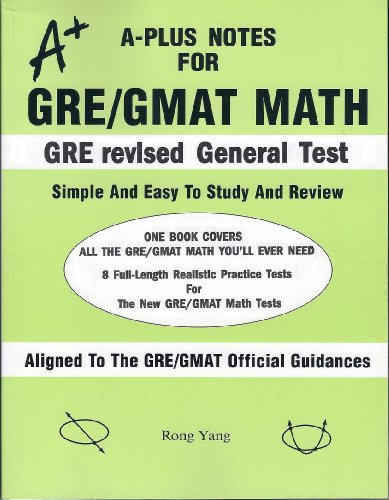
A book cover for A-Plus Notes for GRE revised General Test; Rong Yang; Test Preparation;